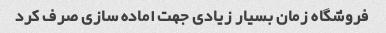
فروشگاه زمان بسیار زیادی جهت اماده سازی صرف کرد